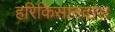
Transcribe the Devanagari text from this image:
हरिकिसानदास